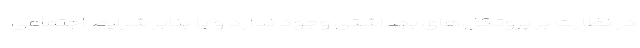
در نظارت بر پروتکل‌های بهداشتی وجود ندارد و یا بنابر شرایط اجتماعی